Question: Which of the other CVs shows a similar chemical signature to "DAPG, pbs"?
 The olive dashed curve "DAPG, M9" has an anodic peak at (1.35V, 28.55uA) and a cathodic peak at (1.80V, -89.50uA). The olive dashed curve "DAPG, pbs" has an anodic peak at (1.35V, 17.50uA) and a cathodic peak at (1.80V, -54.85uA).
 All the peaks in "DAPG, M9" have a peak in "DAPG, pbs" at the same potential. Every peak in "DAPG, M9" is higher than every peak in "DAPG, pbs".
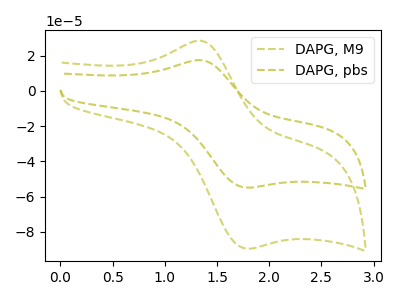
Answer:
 <answer>The CV with the most similar shape to "DAPG, M9" is "DAPG, pbs".</answer>
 <eval>"DAPG, pbs"</eval>